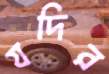
যদির